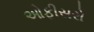
ઓફીસરો